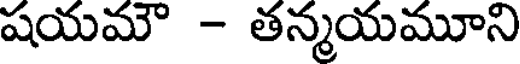
షయమౌ - తన్మయమూని